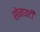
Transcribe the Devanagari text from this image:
सोनघाटी